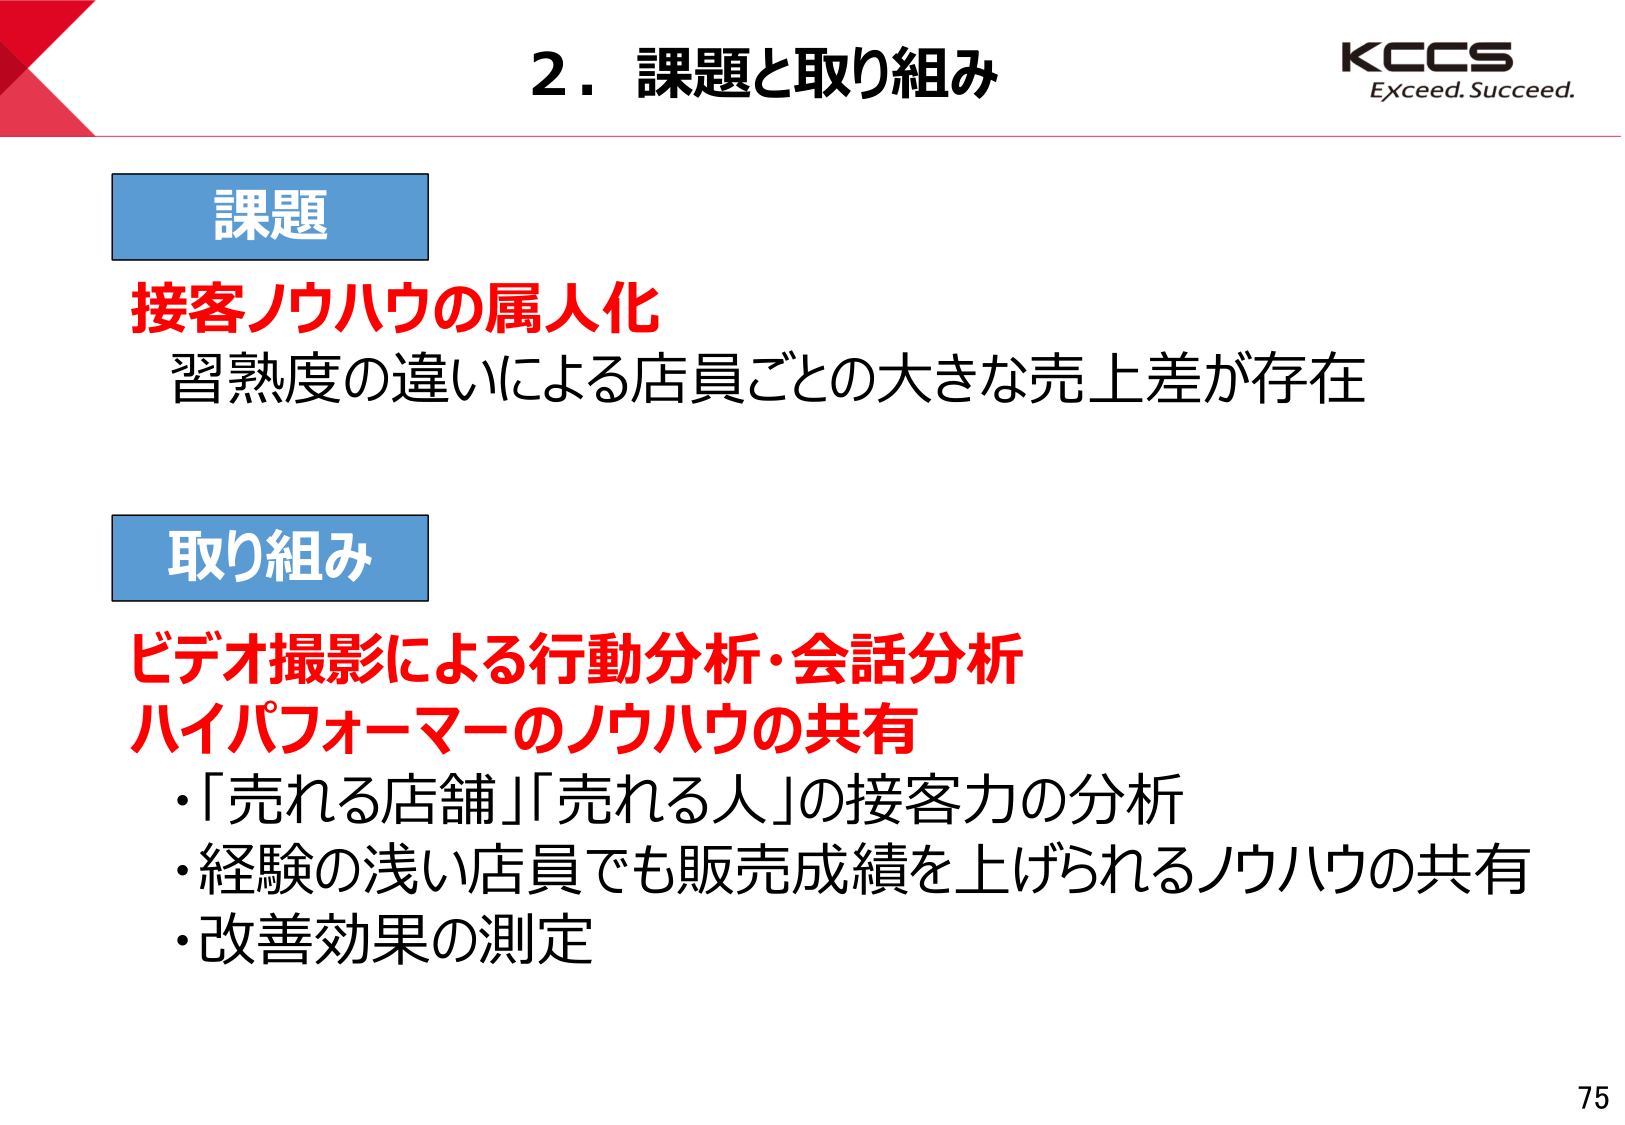
2. 課題と取り組み
KCCS
Exceed. Succeed.

課題
接客ノウハウの属人化
習熟度の違いによる店員ごとの大きな売上差が存在

取り組み
ビデオ撮影による行動分析・会話分析
ハイパフォーマーのノウハウの共有
・「売れる店舗」「売れる人」の接客力の分析
・経験の浅い店員でも販売成績を上げられるノウハウの共有
・改善効果の測定

75